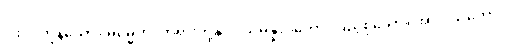
ငါးပါးကုန်သော။ ဓမ္မေဟိ၊ တရားတို့နှင့်။ သမန္နာဂတော၊ ပြည့်စုံသော။ အာဝါသိကော၊